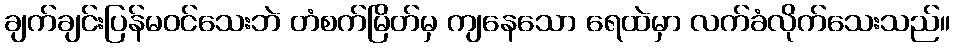
ချက်ချင်းပြန်မဝင်သေးဘဲ တံစက်မြိတ်မှ ကျနေသော ရေထဲမှာ လက်ခံလိုက်သေးသည်။